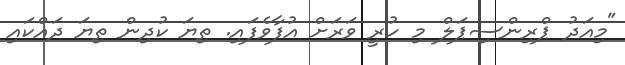
"މިއަދު ޕްރިންސިޕަލް މި ހުރީ ވަރަށް އުފާވެފައި. ތިޔަ ކުދިން ތިޔަ ދައްކައި